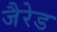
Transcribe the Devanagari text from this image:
जैरेड